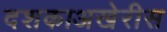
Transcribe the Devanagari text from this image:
दशकाअखेरीस